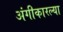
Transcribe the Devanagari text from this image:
अंगीकारल्या